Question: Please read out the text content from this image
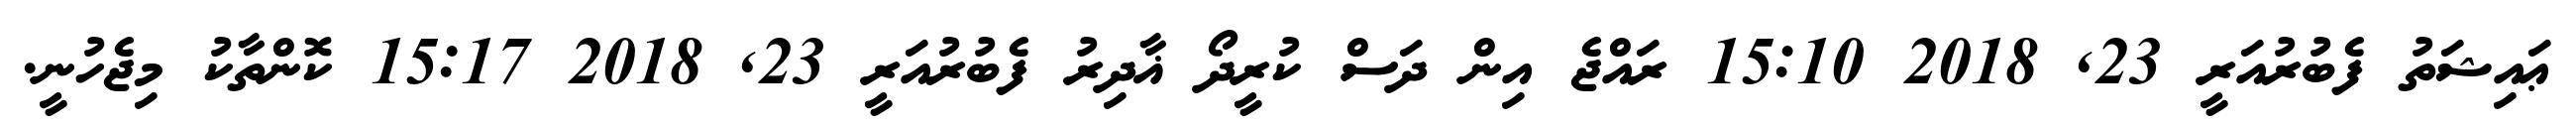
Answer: ޢައިޝަތު ފެބުރުއަރީ 23, 2018 15:10 ރައްޖެ އިން ދަސް ކުރީދޯ ޣާދިރު ފެބުރުއަރީ 23, 2018 15:17 ކޮންތާކު މިޖެހުނީ.